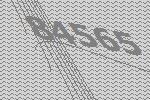
84565